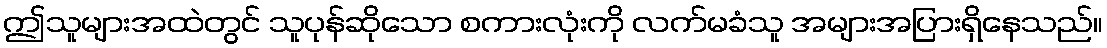
ဤသူများအထဲတွင် သူပုန်ဆိုသော စကားလုံးကို လက်မခံသူ အများအပြားရှိနေသည်။